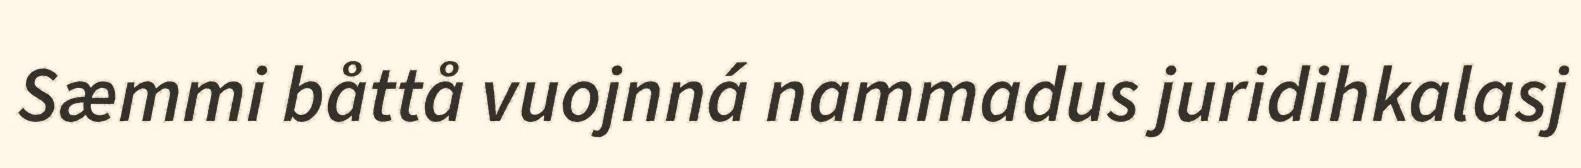
Sæmmi båttå vuojnná nammadus juridihkalasj